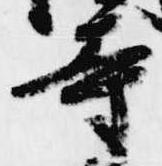
寺